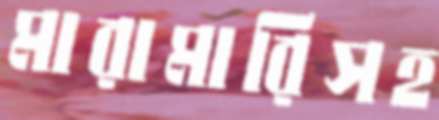
মারামারিসহ